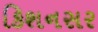
કિશનસર